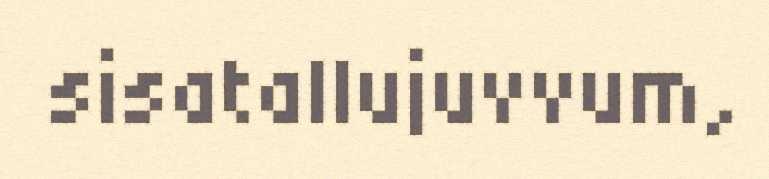
sisatallujuvvum,